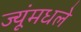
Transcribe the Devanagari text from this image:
ज्यूंमधले